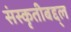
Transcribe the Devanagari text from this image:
संस्कृतीबद्द्ल